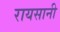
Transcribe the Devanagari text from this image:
रायसानी